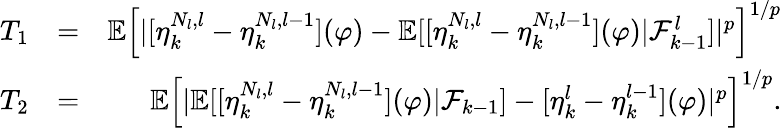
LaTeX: \begin{array}{rlr}{T_{1}}&{=}&{\mathbb{E}\left[|[\eta_{k}^{N_{l},l}-\eta_{k}^{N_{l},l-1}](\varphi)-\mathbb{E}[[\eta_{k}^{N_{l},l}-\eta_{k}^{N_{l},l-1}](\varphi)|\mathcal{F}_{k-1}^{l}]|^{p}\right]^{1/p}}\\ {T_{2}}&{=}&{\mathbb{E}\left[|\mathbb{E}[[\eta_{k}^{N_{l},l}-\eta_{k}^{N_{l},l-1}](\varphi)|\mathcal{F}_{k-1}]-[\eta_{k}^{l}-\eta_{k}^{l-1}](\varphi)|^{p}\right]^{1/p}.}\end{array}